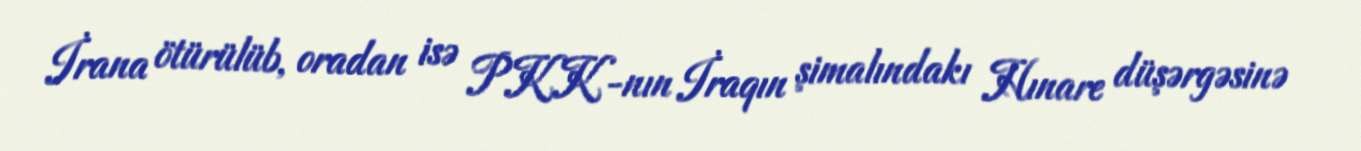
İrana ötürülüb, oradan isə PKK-nın İraqın şimalındakı Hınare düşərgəsinə